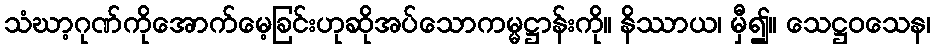
သံဃာ့ဂုဏ်ကိုအောက်မေ့ခြင်းဟုဆိုအပ်သောကမ္မဋ္ဌာန်းကို။ နိဿာယ၊ မှီ၍။ သေဋ္ဌဝသေန၊